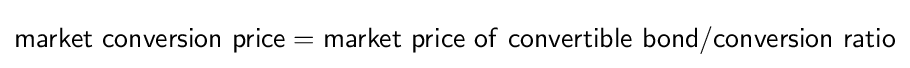
{\mathsf {market\ conversion\ price}}={\mathsf {market\ price\ of\ convertible\ bond}}/{\mathsf {conversion\ ratio}}